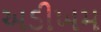
અડીખમ